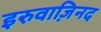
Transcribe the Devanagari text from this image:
इरुवाज़िनद